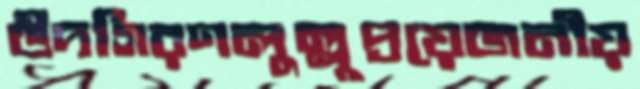
উদগিরণলুল্লুপ্রয়েজনীয়